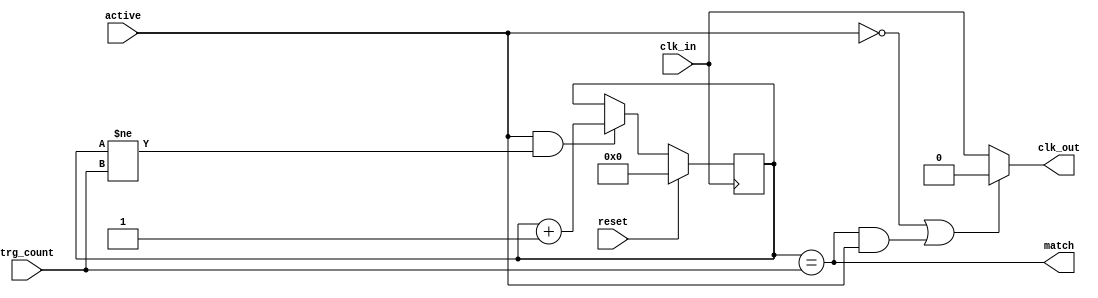
module clk_count_match (
	input clk_in,
	input active,
	input reset,
	
	input [63:0] trg_count,
	
	output wire clk_out,
	output wire match

);

reg [63:0] act_count = 64'd0;

assign match = act_count == trg_count;
assign clk_out = (!active || (match && active)) ? 1'b0 : clk_in;


always @(negedge clk_in)
begin
	if(reset) begin
		act_count <= 64'd0;
	end else if(active && act_count != trg_count)
		// act_count will only increment if active is high.
		// Count should stop if target is met.
		// If user extends trg_count by another 50 clock cycles
		// they should expect it to run another 50 clock cycles.
		act_count <= act_count + 1'b1;

end

endmodule